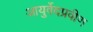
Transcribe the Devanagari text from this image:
आयुर्वेदप्रवीण